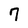
Character: 7